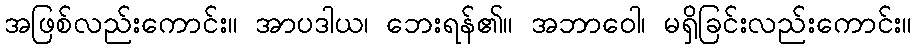
အဖြစ်လည်းကောင်း။ အာပဒါယ၊ ဘေးရန်၏။ အဘာဝေါ၊ မရှိခြင်းလည်းကောင်း။